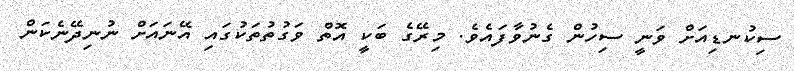
ސިކުނޑިއަށް ވަނީ ސިހުން ގެނުވާފައެވެ. މިރޭގެ ބަކީ އޮތް ވަގުތުތަކުގައި އޭނައަށް ނުނިދޭނެކަން